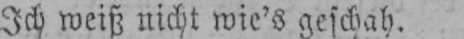
Ich weiß nicht wie’s geschah.